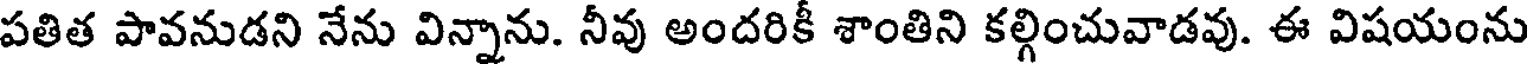
పతిత పావనుడని నేను విన్నాను. నీవు అందరికీ శాంతిని కల్గించువాడవు. ఈ విషయంను